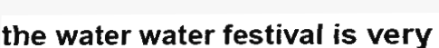
the water water festival is very